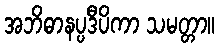
အဘိဓာနပ္ပဒီပိကာ သမတ္တာ။